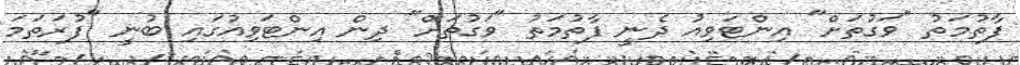
ފާތުމަތު "ވަގުތަށް" އިންޓަވިއު ދެނީ ފާތުމަތު "ވަގުތަށް" ދިން އިންޓަވިއުގައި ބުނީ "ފުރަތަމަ